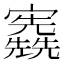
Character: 𡬃